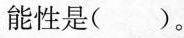
能性是( )。